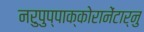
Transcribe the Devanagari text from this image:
नरुपुप्पाक्कोरानेंटार्नु